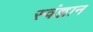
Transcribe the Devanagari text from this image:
स्वंज्ञान